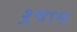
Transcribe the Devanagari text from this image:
श्र्वास